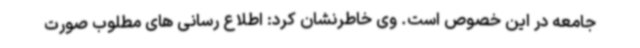
جامعه در این خصوص است. وی خاطرنشان کرد: اطلاع رسانی های مطلوب صورت